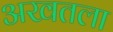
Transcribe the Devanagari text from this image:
अखतला